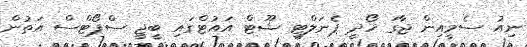
ނިއު ސެމީއިން ޖާގަ ހޯދީ ޕެނަލްޓީ ޝޫޓް އައުޓްގައި ބީޖީ ސްޕޯޓްސް އަތުން